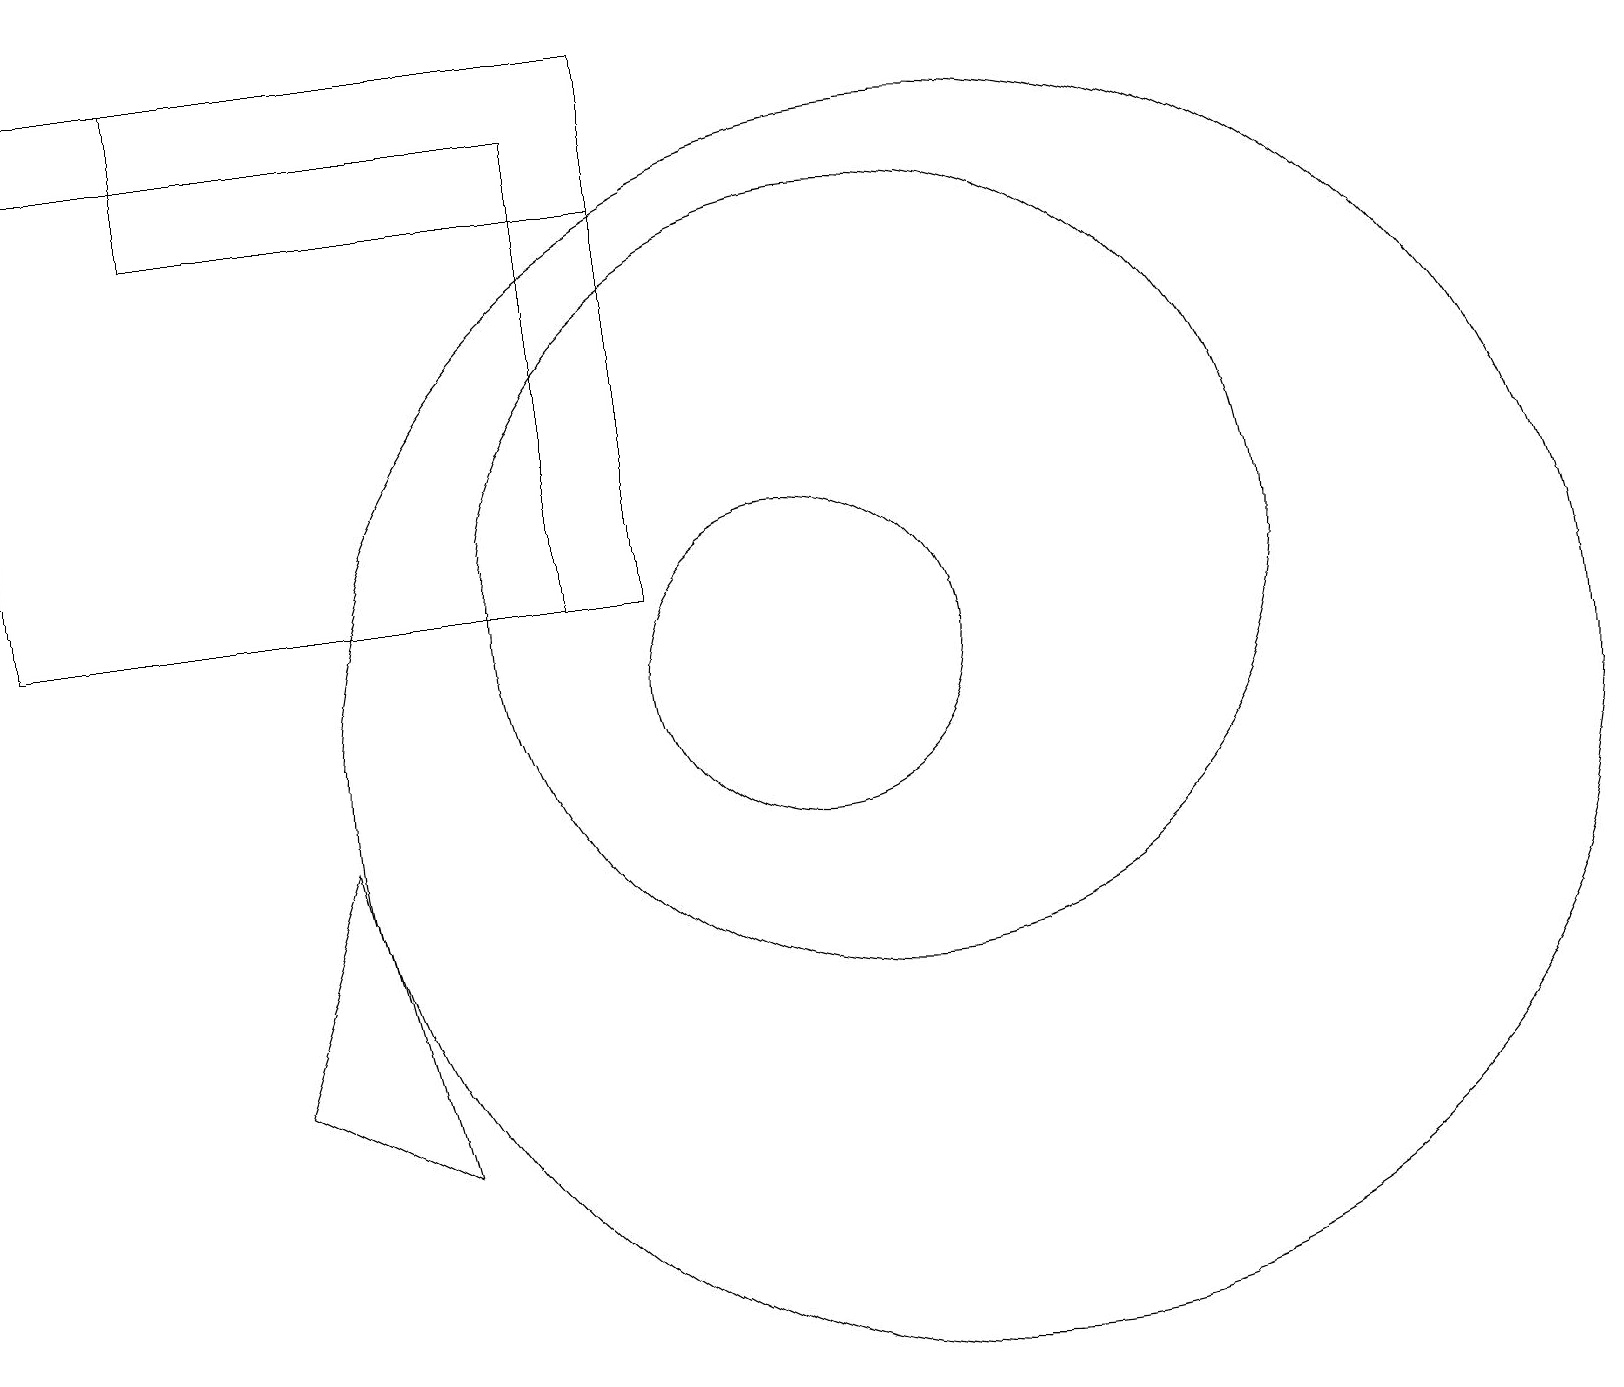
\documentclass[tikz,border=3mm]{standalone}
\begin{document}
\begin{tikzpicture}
\draw (4,9) -- (3,6) -- (5,5) -- cycle;
\draw (0,12) rectangle (8,19);
\draw (11,12) circle (0);
\draw (11,12) circle (5);
\draw (2,17) rectangle (8,19);
\draw (12,10) circle (8);
\draw (10,11) circle (2);
\draw (7,18) rectangle (0,12);
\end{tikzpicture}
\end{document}